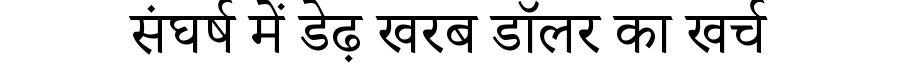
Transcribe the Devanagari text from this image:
संघर्ष में डेढ़ खरब डॉलर का खर्च